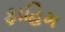
ફાહિમ